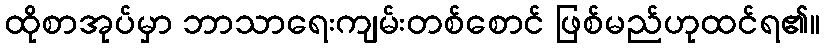
ထိုစာအုပ်မှာ ဘာသာရေးကျမ်းတစ်စောင် ဖြစ်မည်ဟုထင်ရ၏။